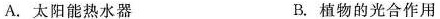
A.太阳能热水器 B.植物的光合作用